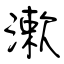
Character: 漱